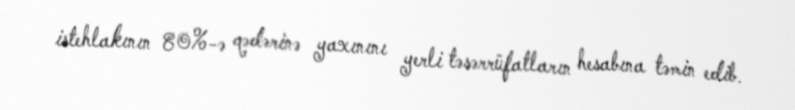
istehlakının 80%-ə qədərinə yaxınını yerli təsərrüfatların hesabına təmin edib.